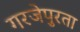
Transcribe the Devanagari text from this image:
गरजेपुरता